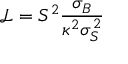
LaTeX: \mathcal { L } = S ^ { 2 } \frac { \sigma _ { B } } { \kappa ^ { 2 } \sigma _ { S } ^ { 2 } }